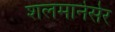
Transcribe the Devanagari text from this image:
शलमानेसेर